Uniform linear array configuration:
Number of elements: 48
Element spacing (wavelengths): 1
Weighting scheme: hamming
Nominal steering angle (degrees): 60
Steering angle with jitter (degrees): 59.32
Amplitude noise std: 0.05
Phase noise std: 0.05

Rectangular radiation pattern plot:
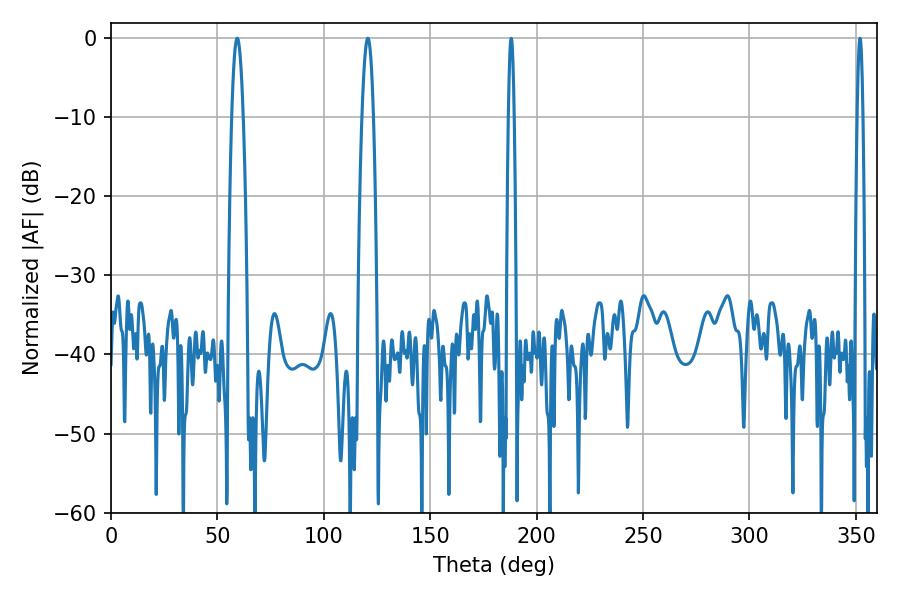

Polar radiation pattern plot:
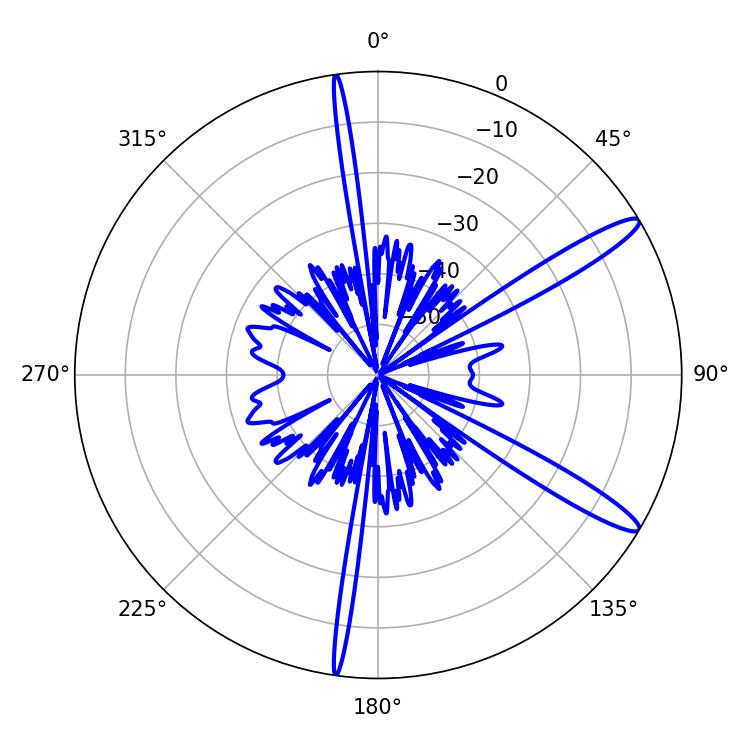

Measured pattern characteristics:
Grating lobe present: TRUE
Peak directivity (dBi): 13.523
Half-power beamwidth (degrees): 2.88
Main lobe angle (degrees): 59.4